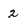
Character: 2